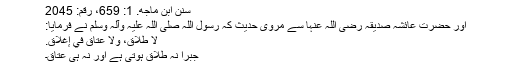
سنن ابن ماجه. 1: 659، رقم: 2045
اور حضرت عائشہ صدیقہ رضی اللہ عنہا سے مروی حدیث کہ رسول اللہ صلی اللہ علیہ وآلہ وسلم نے فرمایا:
لَا طَلَاقَ، وَلَا عَتَاقَ فِي إِغْلَاقٍ.
جبراً نہ طلاق ہوتی ہے اور نہ ہی عتاق۔